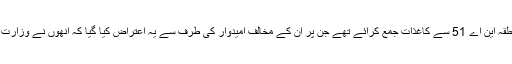
سابق وزیراعظم راجہ پرویز اشرف نے اپنے آبائی علاقے گوجر خان سے قومی اسمبلی کے حلقہ این اے 51 سے کاغذات جمع کرائے تھے جن پر ان کے مخالف امیدوار کی طرف سے یہ اعتراض کیا گیا کہ انھوں نے وزارت عظمیٰ کے دوران اپنے صوابدیدی فنڈ کا غلط استعمال کیا جو دھاندلی کا باعث بن سکتے ہیں۔